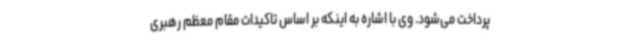
پرداخت می‌شود. وی با اشاره به اینکه بر اساس تاکیدات مقام معظم رهبری